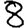
Digit: 8